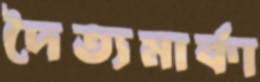
দৈত্যমার্কা